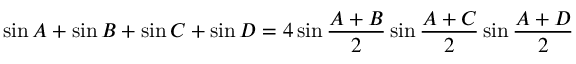
\sin { A } + \sin { B } + \sin { C } + \sin { D } = 4 \sin { \frac { A + B } { 2 } } \sin { \frac { A + C } { 2 } } \sin { \frac { A + D } { 2 } }